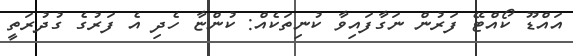
އައްޑޫ ކޯއްޓޭ ފަރުން ނަގާފައިވާ ކުނިތަކެއް: ކުންޏާ ހެދި އެ ފަރުގެ ގުދުރަތީ